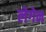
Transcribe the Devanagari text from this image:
लेगेन